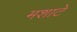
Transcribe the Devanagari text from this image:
मशाटे